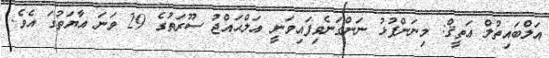
އަލްބައިތުލް ޢަތީޤް: މިނަންފުޅު ނަންގަނެވިފައިވަނީ އަލްޙައްޖު ސޫރަތުގެ 29 ވަނަ އާޔަތުގަ އެވެ.